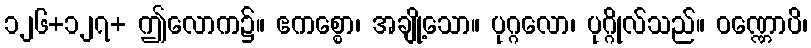
၁၂၆+၁၂၇+ ဤလောက၌။ ဧကစ္စော၊ အချို့သော။ ပုဂ္ဂလော၊ ပုဂ္ဂိုလ်သည်။ ဝဏ္ဏောပိ၊